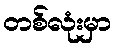
တစ်လုံးမှာ